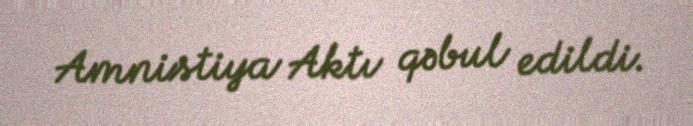
Amnistiya Aktı qəbul edildi.